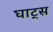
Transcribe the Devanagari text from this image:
घाट्स